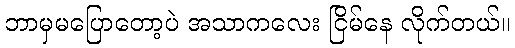
ဘာမှမပြောတော့ပဲ အသာကလေး ငြိမ်နေ လိုက်တယ်။